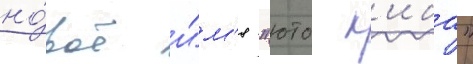
но́вое и́м'я "юто к'иба"